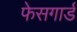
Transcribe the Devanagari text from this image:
फेसगार्ड